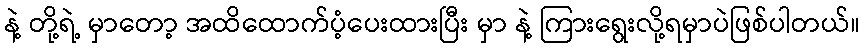
နဲ့ တို့ရဲ့ မှာတော့ အထိထောက်ပံ့ပေးထားပြီး မှာ နဲ့ ကြားရွေးလို့ရမှာပဲဖြစ်ပါတယ်။